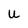
Character: u